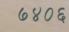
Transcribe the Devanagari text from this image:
७४०६